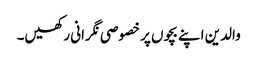
والدین اپنے بچوں پر خصوصی نگرانی رکھیں۔